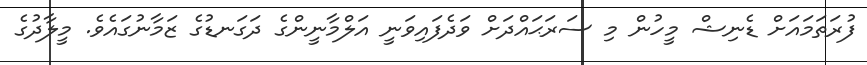
ފުރަތަމައަށް ޑެނިޝް މީހުން މި ސަރަޙައްދަށް ވަދެފައިވަނީ އަލްމާނީންގެ ދަގަނޑުގެ ޒަމާނުގައެވެ. މީލާދުގެ